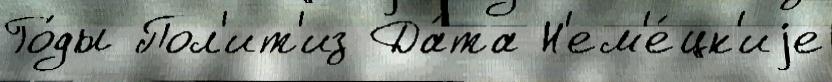
Го́ды Пол'ит'из Да́та Н'ем'е́цк'иjе